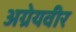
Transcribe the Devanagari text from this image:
अग्रेयवीर